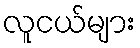
လူငယ်များ